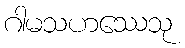
ဂါမသဟဿေသု